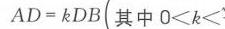
\(AD = kDB(\text{其中 }0 < k <\)